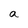
Character: a